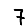
Digit: 7